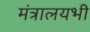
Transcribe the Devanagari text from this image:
मंत्रालयभी